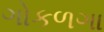
ગોકળગા